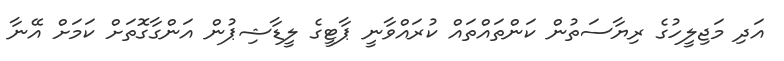
އަދި މަޖިލީހުގެ ރިޔާސަތުން ކަންތައްތައް ކުރައްވާނީ ޕާޓީގެ ލީޑާޝިޕުން އަންގާގޮތަށް ކަމަށް އޭނާ